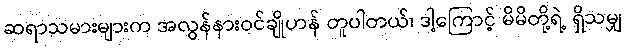
ဆရာသမားများက အလွန်နားဝင်ချိုဟန် တူပါတယ်၊ ဒါ့ကြောင့် မိမိတို့ရဲ့ ရှိသမျှ